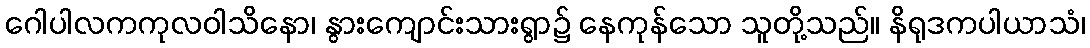
ဂေါပါလကကုလဝါသိနော၊ နွားကျောင်းသားရွာ၌ နေကုန်သော သူတို့သည်။ နိရုဒကပါယာသံ၊